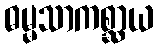
ဓမ္မသာကစ္ဆာယ